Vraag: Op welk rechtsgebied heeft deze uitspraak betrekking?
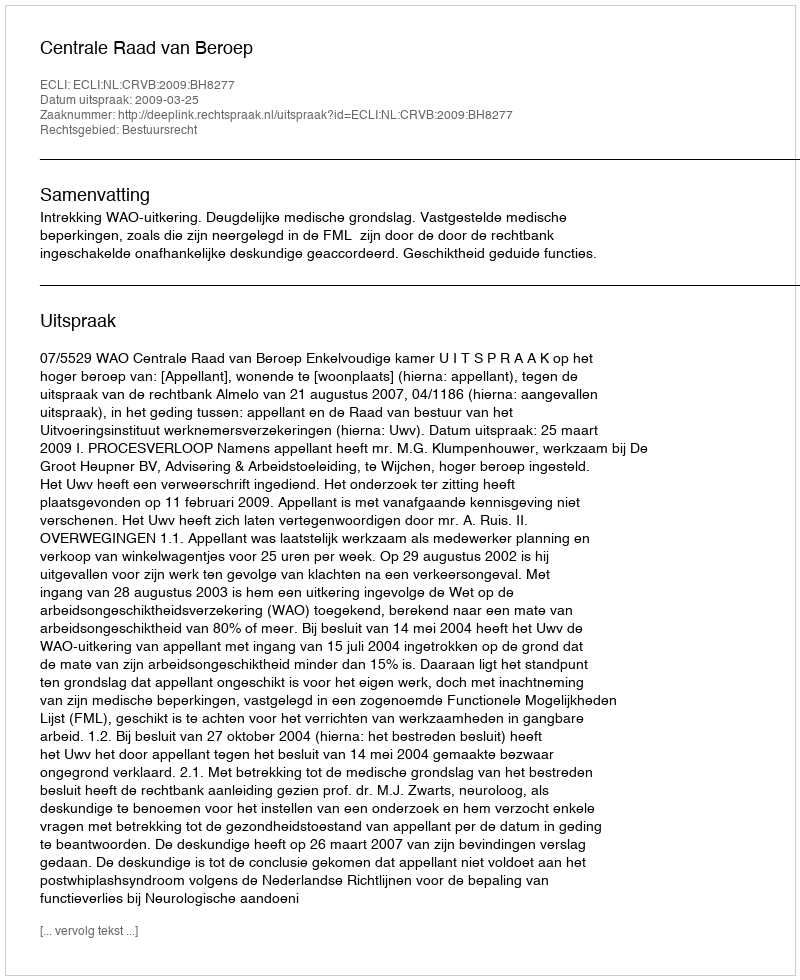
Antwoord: Bestuursrecht